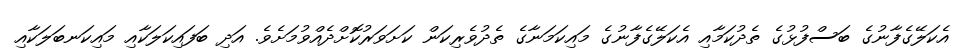
އެކަލޭގެފާނުގެ ބަސްފުޅުގެ ތެދުކަމާއި އެކަލޭގެފާނުގެ މައިކަމަނާގެ ތެދުވެރިކަން ކަށަވަރުކޮށްދެއްވުމަށެވެ. އަދި ބަފައިކަލަކާއި މައިކަނބަލަކާއި